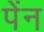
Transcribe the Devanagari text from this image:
पेंन